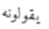
يقولونه